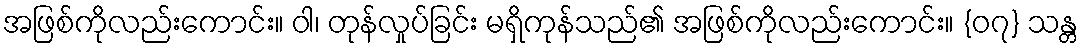
အဖြစ်ကိုလည်းကောင်း။ ဝါ၊ တုန်လှုပ်ခြင်း မရှိကုန်သည်၏ အဖြစ်ကိုလည်းကောင်း။ {၀၇} သန္တ